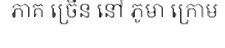
ភាគ ច្រើន នៅ ភូមា ក្រោម